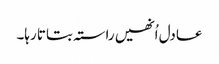
عادل اُنھیں راستہ بتاتا رہا۔